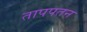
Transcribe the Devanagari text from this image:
तापपतन